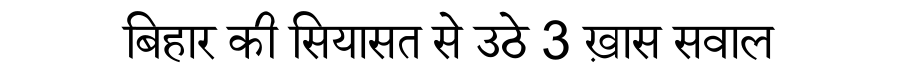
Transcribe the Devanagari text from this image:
बिहार की सियासत से उठे 3 ख़ास सवाल